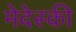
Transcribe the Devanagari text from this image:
मेदेस्की